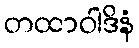
တထာဝါဒိနံ